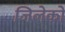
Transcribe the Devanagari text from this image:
जिलेको